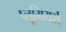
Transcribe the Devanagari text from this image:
प्लूमियर्स